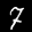
Label: 7